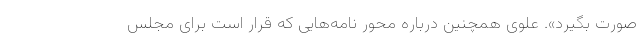
صورت بگيرد». علوی همچنين درباره محور نامه‌هايی كه قرار است برای مجلس